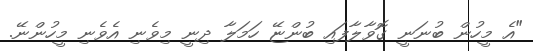
"އެ މީހުން ބުނަނީ ގޮވާލާފައި ބުންޏޭ ހަމަލާ ދިނީ މިވެނި އެވެނި މީހުންނޭ.